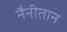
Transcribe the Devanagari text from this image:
नैनीतान